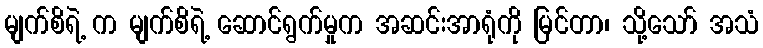
မျက်စိရဲ့ က မျက်စိရဲ့ ဆောင်ရွက်မှုက အဆင်းအာရုံကို မြင်တာ၊ သို့သော် အသံ